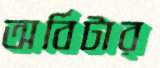
অর্বিটার